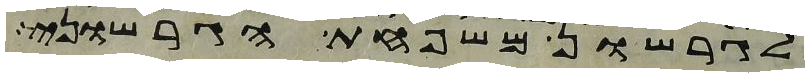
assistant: לגרשון משפחת הגרשוני